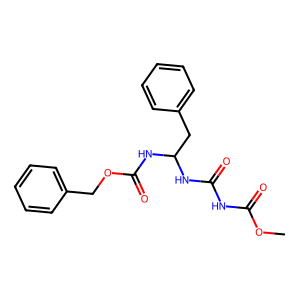
SMILES: COC(=O)NC(=O)NC(Cc1ccccc1)NC(=O)OCc1ccccc1
Inhibits HIV replication: No